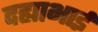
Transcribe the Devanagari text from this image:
दह्याभाई